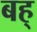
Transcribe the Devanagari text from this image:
बह्